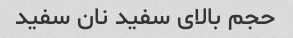
حجم بالای سفید نان سفید